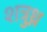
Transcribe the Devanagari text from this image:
शत्रुध्न